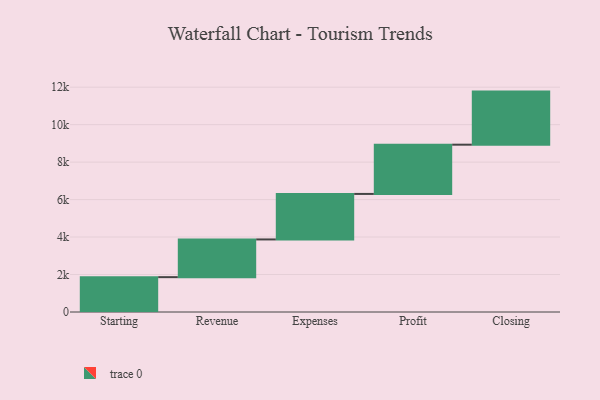
{"axis": {"x": "Step", "y": "Value"}, "legend": [""], "data": [{"x": "Starting", "y": 1860.0, "type": ""}, {"x": "Revenue", "y": 2013.0, "type": ""}, {"x": "Expenses", "y": 2429.0, "type": ""}, {"x": "Profit", "y": 2629.0, "type": ""}, {"x": "Closing", "y": 2833.0, "type": ""}]}